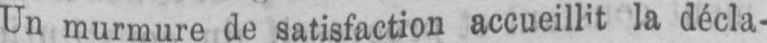
la décla-